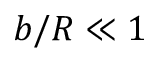
b / R \ll 1